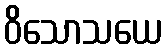
ဝိသောသယေ